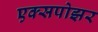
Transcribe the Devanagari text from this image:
एक्सपोझर